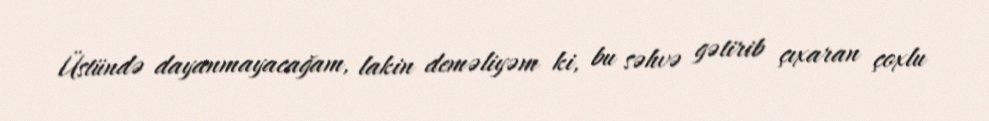
Üstündə dayanmayacağam, lakin deməliyəm ki, bu səhvə gətirib çıxaran çoxlu